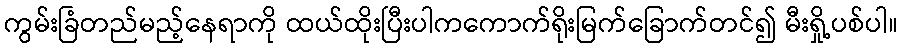
ကွမ်းခြံတည်မည့်နေရာကို ထယ်ထိုးပြီးပါကကောက်ရိုးမြက်ခြောက်တင်၍ မီးရှို့ပစ်ပါ။